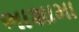
ભાશામા